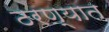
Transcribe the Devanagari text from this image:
ठरण्यात